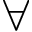
\forall